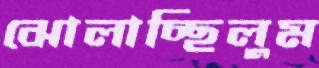
ঝোলাচ্ছিলুম